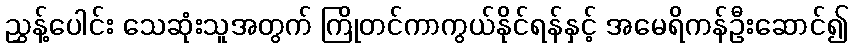
ညွှန့်ပေါင်း သေဆုံးသူအတွက် ကြိုတင်ကာကွယ်နိုင်ရန်နှင့် အမေရိကန်ဦးဆောင်၍